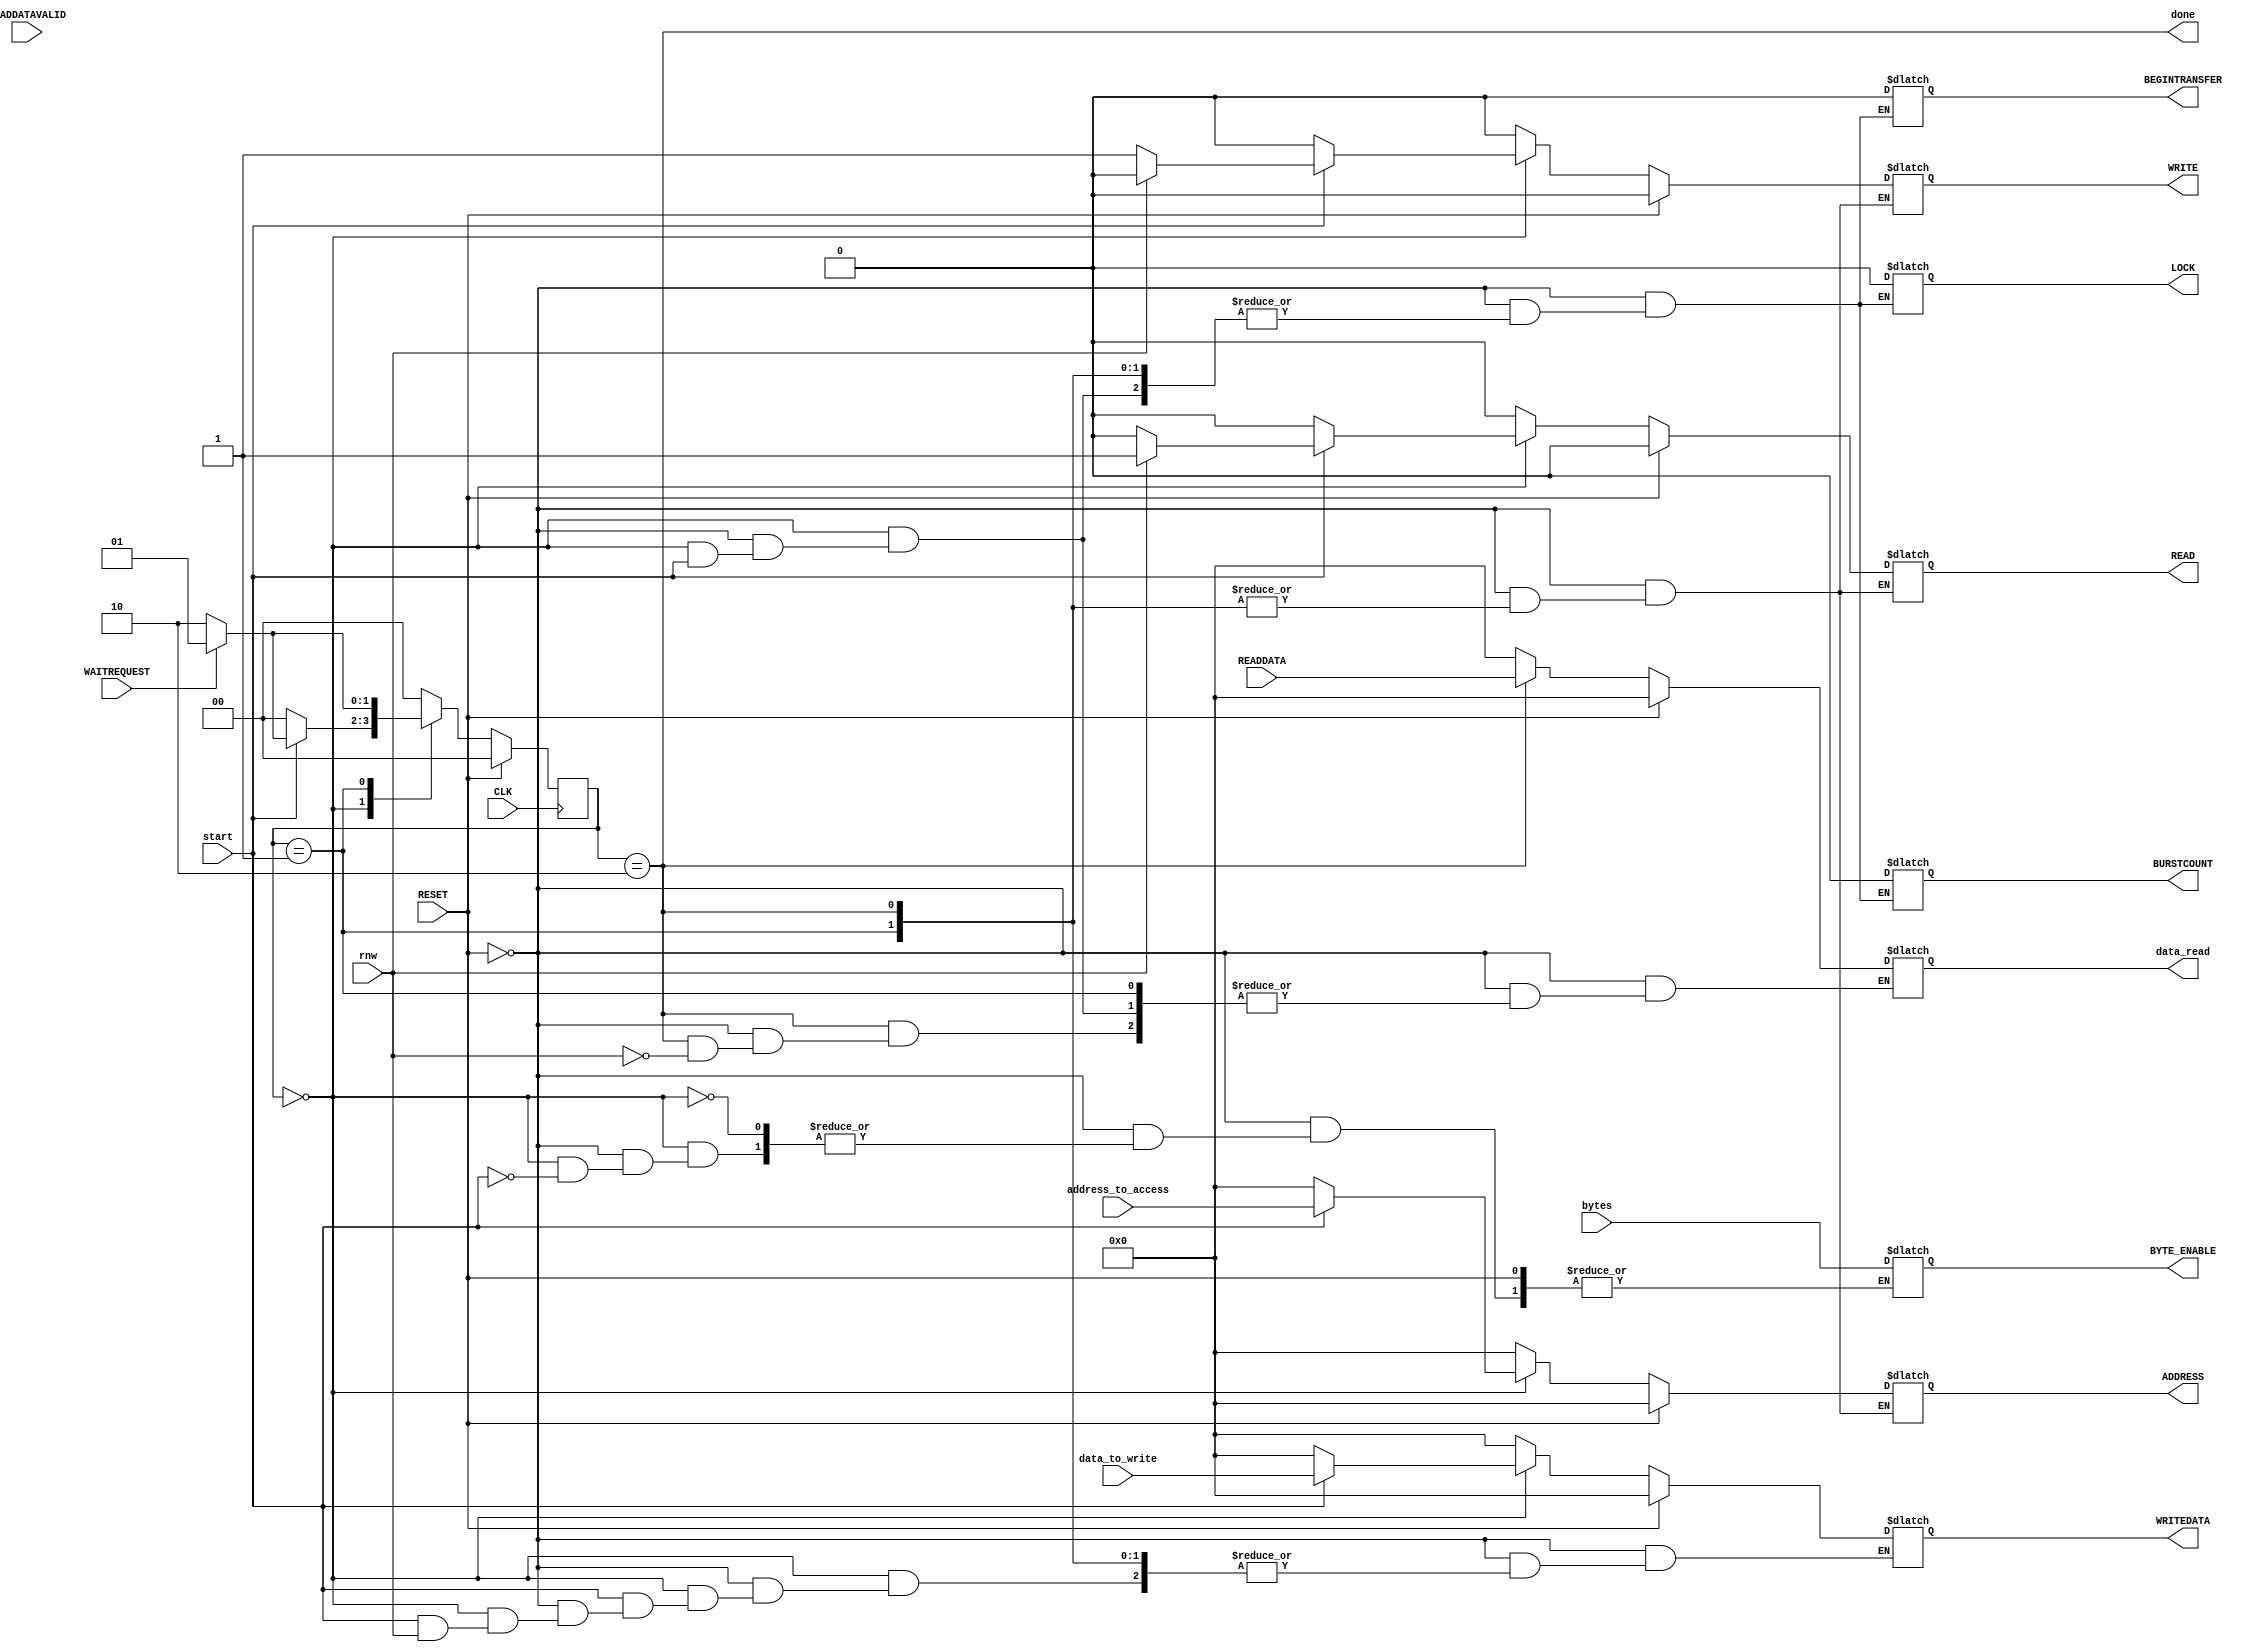
//                              -*- Mode: Verilog -*-
// Description     : Avalon MM Master Example
// Last Modified By: Philip Tracton
// Update Count    : 0
// Status          : Unknown, Use with caution!

module avalon_mm_master (/*AUTOARG*/
   // Outputs
   ADDRESS, BEGINTRANSFER, BYTE_ENABLE, READ, WRITE, WRITEDATA, LOCK,
   BURSTCOUNT, done, data_read,
   // Inputs
   CLK, RESET, READDATA, WAITREQUEST, READDATAVALID, data_to_write,
   rnw, start, bytes, address_to_access
   ) ;

   input CLK;
   input RESET;

   //
   // FUNDAMENTAL SIGNALS
   //
   output [31:0] ADDRESS;
   output 	 BEGINTRANSFER;
   output [3:0]  BYTE_ENABLE;
   output 	 READ;
   input [31:0]  READDATA;
   output 	 WRITE;
   output [31:0] WRITEDATA;

   //
   // WAIT SIGNALS
   //
   output 	 LOCK;
   input 	 WAITREQUEST;

   //
   // PIPELINE SIGNALS
   //
   input 	 READDATAVALID;
   output 	 BURSTCOUNT;

   //
   // Control Signals -- NOT part of AVALON
   //
   input [31:0]  data_to_write;
   input 	 rnw;
   input 	 start;
   input [3:0] 	 bytes;   
   input [31:0]  address_to_access;
   output 	 done;
   output [31:0] data_read;
   
   
   /*AUTOWIRE*/
   /*AUTOREG*/
   // Beginning of automatic regs (for this module's undeclared outputs)
   reg [31:0]		ADDRESS;
   reg			BEGINTRANSFER;
   reg			BURSTCOUNT;
   reg [3:0]		BYTE_ENABLE;
   reg			LOCK;
   reg			READ;
   reg			WRITE;
   reg [31:0]		WRITEDATA;
   reg [31:0]		data_read;
   // End of automatics

   //
   // State Machine Variables
   //
   reg [1:0] 		state;
   reg [1:0] 		next_state;
   wire 		state_active;
   wire			done;
   
   parameter STATE_IDLE = 2'b00;
   parameter STATE_WAIT = 2'b01;
   parameter STATE_DONE = 2'b10;

   assign state_active = (state != STATE_IDLE);   
   assign done = (state == STATE_DONE);
   
   //
   // Synchronous state change
   //
   always @(posedge CLK)
     if (RESET) begin
	state <= STATE_IDLE;	
     end else begin
	state <= next_state;	
     end

   //
   // Asynchronous State Machine
   //
   always @(*)
     if (RESET) begin
	next_state = STATE_IDLE;
	ADDRESS = 0;
	READ = 0;
	WRITE = 0;
	WRITEDATA = 0;
	data_read = 0;
	LOCK = 0;
	BEGINTRANSFER = 0;
	BURSTCOUNT  =0;
	
     end else begin
	case (state)

	  //
	  // STATE_IDLE:  This is our default starting position.  Stay in this
	  // state until the start signal goes high.  When start is asserted, drive
	  // the transaction onto the bus and use WAITREQUEST and rnw to determine the
	  // next state
	  //
	  STATE_IDLE: begin
	     if (start) begin
		ADDRESS = address_to_access;
		BYTE_ENABLE = bytes;
		if (!rnw) begin
		   WRITE = 1'b1;
		   READ = 1'b0;
		   WRITEDATA = data_to_write;
		end else begin
		   READ = 1'b1;
		   WRITE = 1'b0;		   
		end

		if (WAITREQUEST) begin
		   next_state = STATE_WAIT;		   			   
		end else begin
		   next_state = STATE_DONE;		   
		end
		
	     end else begin // if (start)
		next_state = STATE_IDLE;
		ADDRESS = 0;
		READ = 0;
		WRITE = 0;
		WRITEDATA = 0;
		data_read = 0;
		LOCK = 0;
		BEGINTRANSFER = 0;
		BURSTCOUNT  =0;
	     end
	  end // case: STATE_IDLE

	  //
	  // STATE_WAIT: Come here when WAITREQUEST is high.  Stay here until it is low!
	  //	  
	  STATE_WAIT: begin
	     if (WAITREQUEST) begin
		   next_state = STATE_WAIT;		   
	     end else begin
		next_state = STATE_DONE;		   
	     end
	  end	  

	  STATE_DONE:begin
	     if (rnw) begin
		data_read = READDATA;			
	     end
	     next_state = STATE_IDLE;	     
	  end

	  default:begin
	     next_state = STATE_IDLE;
	     ADDRESS = 0;
	     READ = 0;
	     WRITE = 0;
	     WRITEDATA = 0;
	     data_read = 0;
	     LOCK = 0;
	     BEGINTRANSFER = 0;
	     BURSTCOUNT  =0;
	  end
	  
	endcase // case (state)	
     end
   
endmodule // avalon_mm_master